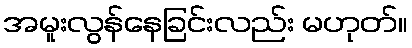
အမူးလွန်နေခြင်းလည်း မဟုတ်။